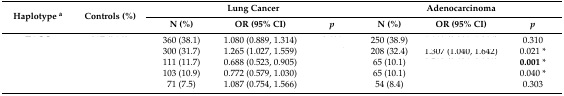
<table><thead><tr><td rowspan="2"><b>Haplotype <sup>a</sup></b></td><td rowspan="2"><b>Controls (%)</b></td><td colspan="3"><b>Lung Cancer</b></td><td colspan="3"><b>Adenocarcinoma</b></td></tr><tr><td><b>N (%)</b></td><td><b>OR (95% CI)</b></td><td><b><i>p</i></b></td><td><b>N (%)</b></td><td><b>OR (95% CI)</b></td><td><b><i>p</i></b></td></tr></thead><tbody><tr><td>[EMPTY_CELL]</td><td>[EMPTY_CELL]</td><td>360 (38.1)</td><td>1.080 (0.889, 1.314)</td><td>[EMPTY_CELL]</td><td>250 (38.9)</td><td>[EMPTY_CELL]</td><td>0.310</td></tr><tr><td>[EMPTY_CELL]</td><td>[EMPTY_CELL]</td><td>300 (31.7)</td><td>1.265 (1.027, 1.559)</td><td>[EMPTY_CELL]</td><td>208 (32.4)</td><td>1.307 (1.040, 1.642)</td><td>0.021 *</td></tr><tr><td>[EMPTY_CELL]</td><td>[EMPTY_CELL]</td><td>111 (11.7)</td><td>0.688 (0.523, 0.905)</td><td>[EMPTY_CELL]</td><td>65 (10.1)</td><td>[EMPTY_CELL]</td><td><b>0.001</b> *</td></tr><tr><td>[EMPTY_CELL]</td><td>[EMPTY_CELL]</td><td>103 (10.9)</td><td>0.772 (0.579, 1.030)</td><td>[EMPTY_CELL]</td><td>65 (10.1)</td><td>[EMPTY_CELL]</td><td>0.040 *</td></tr><tr><td>[EMPTY_CELL]</td><td>[EMPTY_CELL]</td><td>71 (7.5)</td><td>1.087 (0.754, 1.566)</td><td>[EMPTY_CELL]</td><td>54 (8.4)</td><td>[EMPTY_CELL]</td><td>0.303</td></tr></tbody></table>